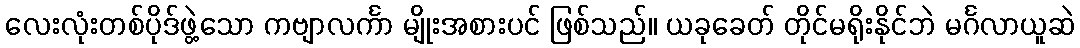
လေးလုံးတစ်ပိုဒ်ဖွဲ့သော ကဗျာလင်္ကာ မျိုးအစားပင် ဖြစ်သည်။ ယခုခေတ် တိုင်မရိုးနိုင်ဘဲ မင်္ဂလာယူဆဲ